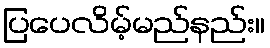
ပြပေလိမ့်မည်နည်း။